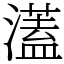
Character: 濭